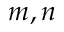
m , n